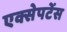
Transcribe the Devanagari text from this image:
एक्सेपटेंस